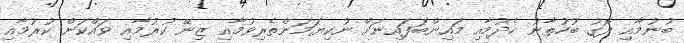
ބުނުމާއި ދޮގު ބުހުތާނު ހެދުމާއި މައިންބަފައިނަށް ނުކިޔަމަންތެރިވުމާއި ޒިނޭ ކުރުމާއި ވައްކަން ކުރުމާއި